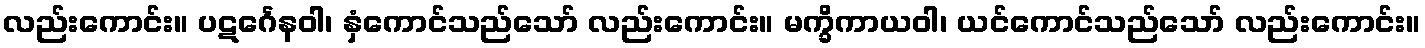
လည်းကောင်း။ ပဋင်္ဂေနဝါ၊ နှံကောင်သည်သော် လည်းကောင်း။ မက္ခိကာယဝါ၊ ယင်ကောင်သည်သော် လည်းကောင်း။